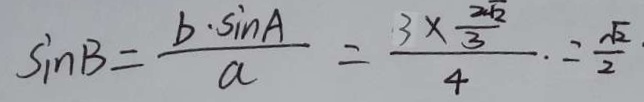
\sin B = \frac { b \cdot \sin A } { a } = \frac { 3 \times \frac { 2 \sqrt { 2 } } { 3 } } { 4 } . = \frac { \sqrt { 2 } } { 2 }